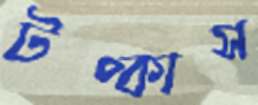
টপ্‌কাস